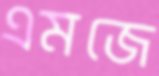
এমজে